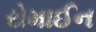
રોમાઈન